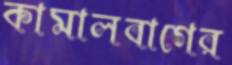
কামালবাগের